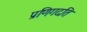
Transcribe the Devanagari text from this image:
प्रणिगदति